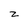
Character: z